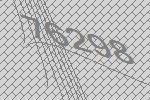
76298